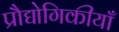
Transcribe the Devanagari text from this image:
प्रौद्योगिकीयाँ